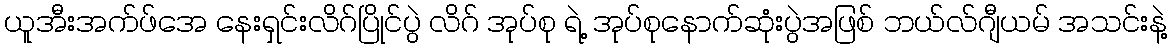
ယူအီးအက်ဖ်အေ နေးရှင်းလိဂ်ပြိုင်ပွဲ လိဂ် အုပ်စု ရဲ့ အုပ်စုနောက်ဆုံးပွဲအဖြစ် ဘယ်လ်ဂျီယမ် အသင်းနဲ့